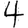
Digit: 4